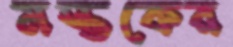
মস্তকের